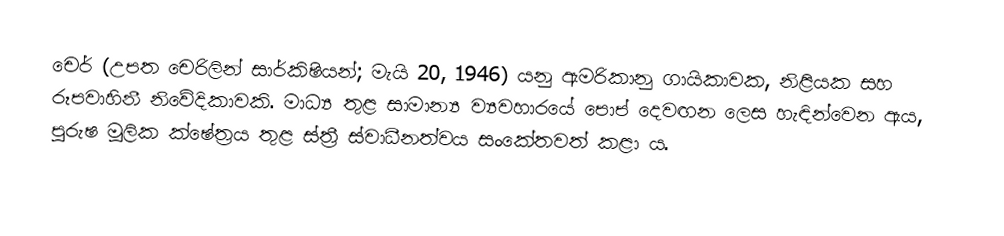
චෙර් (උපත චෙරිලින් සාර්කිෂියන්; මැයි 20, 1946) යනු ඇමරිකානු ගායිකාවක, නිළියක සහ රූපවාහිනී නිවේදිකාවකි. මාධ්‍ය තුළ සාමාන්‍ය ව්‍යවහාරයේ පොප් දෙවඟන ලෙස හැඳින්වෙන ඇය, පුරුෂ මූලික ක්ෂේත්‍රය තුළ ස්ත්‍රී ස්වාධීනත්වය සංකේතවත් කළා ය.